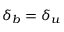
\delta _ { b } = \delta _ { u }